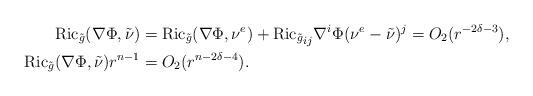
LaTeX: \begin{align*}\mathrm{Ric}_{\tilde{g}}(\nabla\Phi,\tilde{\nu})&=\mathrm{Ric}_{\tilde{g}}(\nabla\Phi,\nu^{e}) + {\mathrm{Ric}_{\tilde{g}}}_{ij}\nabla^i\Phi (\nu^{e}-\tilde{\nu})^j=O_2(r^{-2\delta-3}),\\\mathrm{Ric}_{\tilde{g}}(\nabla\Phi,\tilde{\nu})r^{n-1}&=O_2(r^{n-2\delta-4}).\end{align*}